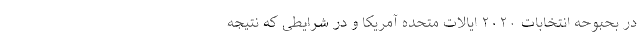
در بحبوحه انتخابات ۲۰۲۰ ایالات متحده آمریکا و در شرایطی که نتیجه